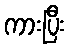
ကားပြီး